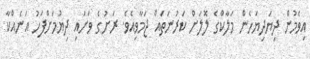
އިވެމުން ދިޔަދިޔަހެން މަލާކްގެ ލޮލަށް ކަރުނަތައް ޖަމާވިއެވެ. ރަށުގެ ވަށައި ދިޔުމަށްފަހު އަނެއްކާ